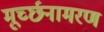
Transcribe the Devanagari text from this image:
मूर्च्छनामरण